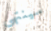
سينتهى